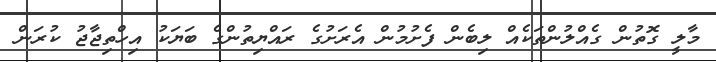
މާލީ ގޮތުން ގެއްލުންތަކެއް ލިބެން ފެށުމުން އެރަށުގެ ރައްޔިތުންގެ ބަޔަކު އިހްތިޖާޖު ކުރަން